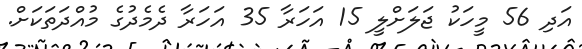
އަދި 56 މީހަކު ޖަލަށްލީ 15 އަހަރާ 35 އަހަރާ ދެމެދުގެ މުއްދަތަކަށް.